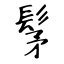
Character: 髳